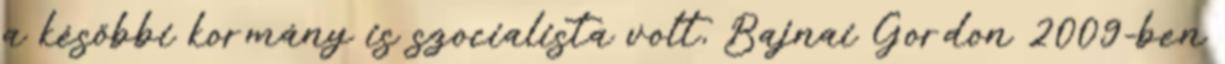
a későbbi kormány is szocialista volt, Bajnai Gordon 2009-ben